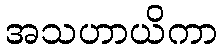
အသဟာယိကာ